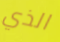
الذي